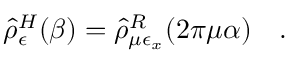
\hat { \rho } _ { \epsilon } ^ { H } ( \beta ) = \hat { \rho } _ { \mu \epsilon _ { x } } ^ { R } ( 2 \pi \mu \alpha ) ~ ~ ~ .